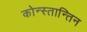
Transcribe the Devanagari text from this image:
कोन्स्तान्तिन